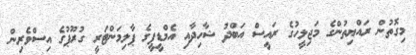
މިގޮތުން ރައްޔިތުންގެ މަޖިލީހުގެ ރައީސް އަބްދު ޝާހިދާއި އެމްޑީޕީގެ ޕާލިމަންޓަރީ ގުރޫޕުގެ އިސްވެރިން